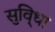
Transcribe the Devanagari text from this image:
सुवि्धा